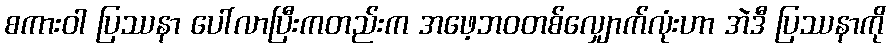
စကားဝါ ပြဿနာ ပေါ်လာပြီးကတည်းက အဖေ့ဘဝတစ်လျှောက်လုံးဟာ အဲဒီ ပြဿနာကို